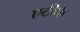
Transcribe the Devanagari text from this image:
एटीके